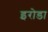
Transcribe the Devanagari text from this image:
इरोडा